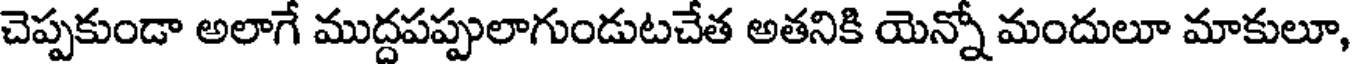
చెప్పకుండా అలాగే ముద్దపప్పులాగుండుటచేత అతనికి యెన్నో మందులూ మాకులూ,